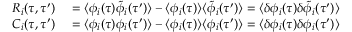
{ } \begin{array} { r l } { R _ { i } ( \tau , \tau ^ { \prime } ) } & { { } = \langle \phi _ { i } ( \tau ) \tilde { \phi } _ { i } ( \tau ^ { \prime } ) \rangle - \langle \phi _ { i } ( \tau ) \rangle \langle \tilde { \phi } _ { i } ( \tau ^ { \prime } ) \rangle = \langle \delta \phi _ { i } ( \tau ) \delta \tilde { \phi } _ { i } ( \tau ^ { \prime } ) \rangle } \\ { C _ { i } ( \tau , \tau ^ { \prime } ) } & { { } = \langle \phi _ { i } ( \tau ) \phi _ { i } ( \tau ^ { \prime } ) \rangle - \langle \phi _ { i } ( \tau ) \rangle \langle \phi _ { i } ( \tau ^ { \prime } ) \rangle = \langle \delta \phi _ { i } ( \tau ) \delta \phi _ { i } ( \tau ^ { \prime } ) \rangle } \end{array}